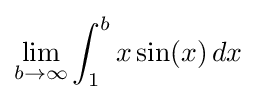
\lim _{b\to \infty }\int _{1}^{b}x\sin(x)\,dx